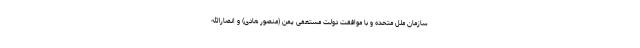
سازمان ملل متحده و با موافقت دولت مستعفی یمن (منصور هادی) و انصارالله